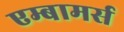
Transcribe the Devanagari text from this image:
एम्बामर्स